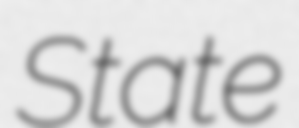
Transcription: State